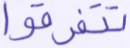
تتفرقوا